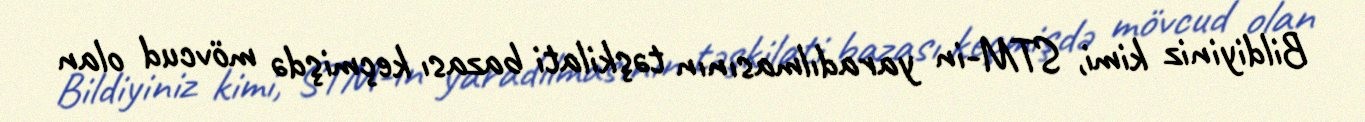
Bildiyiniz kimi, STM-in yaradılmasının təşkilati bazası keçmişdə mövcud olan